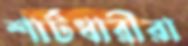
শার্টধারীরা